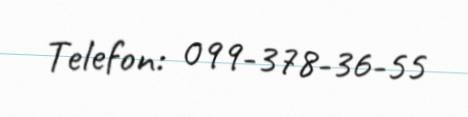
Telefon: 099-378-36-55